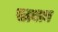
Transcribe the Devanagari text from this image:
सायान